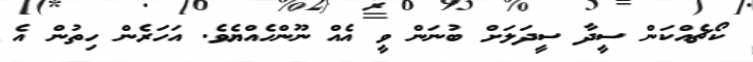
ކޯޗެއްކަން ސީދާ ސީދަލަށް ބުނަން ވީ އެއް ނޫންހެއްޔެވެ. އަހަރެން ހިތުން އެ